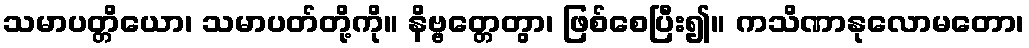
သမာပတ္တိယော၊ သမာပတ်တို့ကို။ နိဗ္ဗတ္တေတွာ၊ ဖြစ်စေပြီး၍။ ကသိဏာနုလောမတော၊